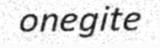
onegite